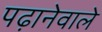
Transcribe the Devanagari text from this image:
पढ़ानेवाले